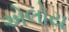
એલોય